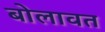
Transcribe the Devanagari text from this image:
बोलावत